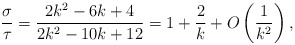
\begin{align*}\frac{\sigma}{\tau}=\frac{2k^2-6k+4}{2k^2-10k+12}=1+\frac{2}{k}+O\left( \frac{1}{k^2}\right),\end{align*}